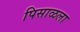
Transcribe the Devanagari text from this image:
पिसाळला